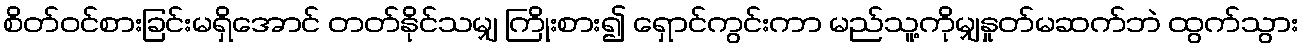
စိတ်ဝင်စားခြင်းမရှိအောင် တတ်နိုင်သမျှ ကြိုးစား၍ ရှောင်ကွင်းကာ မည်သူ့ကိုမျှနှုတ်မဆက်ဘဲ ထွက်သွား